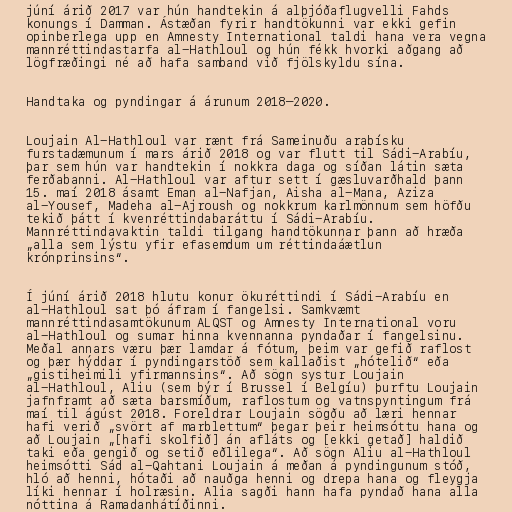
júní árið 2017 var hún handtekin á alþjóðaflugvelli Fahds
konungs í Damman. Ástæðan fyrir handtökunni var ekki gefin
opinberlega upp en Amnesty International taldi hana vera vegna
mannréttindastarfa al-Hathloul og hún fékk hvorki aðgang að
lögfræðingi né að hafa samband við fjölskyldu sína.

Handtaka og pyndingar á árunum 2018–2020.

Loujain Al-Hathloul var rænt frá Sameinuðu arabísku
furstadæmunum í mars árið 2018 og var flutt til Sádi-Arabíu,
þar sem hún var handtekin í nokkra daga og síðan látin sæta
ferðabanni. Al-Hathloul var aftur sett í gæsluvarðhald þann
15. maí 2018 ásamt Eman al-Nafjan, Aisha al-Mana, Aziza
al-Yousef, Madeha al-Ajroush og nokkrum karlmönnum sem höfðu
tekið þátt í kvenréttindabaráttu í Sádi-Arabíu.
Mannréttindavaktin taldi tilgang handtökunnar þann að hræða
„alla sem lýstu yfir efasemdum um réttindaáætlun
krónprinsins“.

Í júní árið 2018 hlutu konur ökuréttindi í Sádi-Arabíu en
al-Hathloul sat þó áfram í fangelsi. Samkvæmt
mannréttindasamtökunum ALQST og Amnesty International voru
al-Hathloul og sumar hinna kvennanna pyndaðar í fangelsinu.
Meðal annars væru þær lamdar á fótum, þeim var gefið raflost
og þær hýddar í pyndingarstöð sem kallaðist „hótelið“ eða
„gistiheimili yfirmannsins“. Að sögn systur Loujain
al-Hathloul, Aliu (sem býr í Brussel í Belgíu) þurftu Loujain
jafnframt að sæta barsmíðum, raflostum og vatnspyntingum frá
maí til ágúst 2018. Foreldrar Loujain sögðu að læri hennar
hafi verið „svört af marblettum“ þegar þeir heimsóttu hana og
að Loujain „[hafi skolfið] án afláts og [ekki getað] haldið
taki eða gengið og setið eðlilega“. Að sögn Aliu al-Hathloul
heimsótti Sád al-Qahtani Loujain á meðan á pyndingunum stóð,
hló að henni, hótaði að nauðga henni og drepa hana og fleygja
líki hennar í holræsin. Alia sagði hann hafa pyndað hana alla
nóttina á Ramadanhátíðinni.